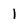
Character: 1